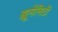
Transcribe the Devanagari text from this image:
ह्यूमेंनिटी